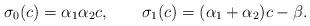
LaTeX: \begin{gather*}\sigma_{0}(c) =\alpha_{1}\alpha_{2}c,\qquad\sigma_{1} (c ) = ( \alpha_{1}+\alpha_{2} ) c-\beta.\end{gather*}